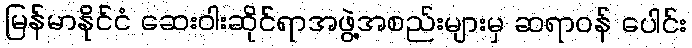
မြန်မာနိုင်ငံ ဆေးဝါးဆိုင်ရာအဖွဲ့အစည်းများမှ ဆရာဝန် ပေါင်း